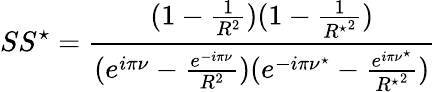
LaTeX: SS^{\star}=\frac{(1-\frac{1}{R^{2}})(1-\frac{1}{{R^{\star}}^{2}})}{(e^{i\pi\nu}-\frac{e^{-i\pi\nu}}{R^{2}})(e^{-i\pi\nu^{\star}}-\frac{e^{i\pi\nu^{\star}}}{{R^{\star}}^{2}})}